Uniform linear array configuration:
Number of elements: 16
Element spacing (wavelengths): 1
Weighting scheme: exponential
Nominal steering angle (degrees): -45
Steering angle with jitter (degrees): -44.863
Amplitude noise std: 0.05
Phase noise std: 0.05

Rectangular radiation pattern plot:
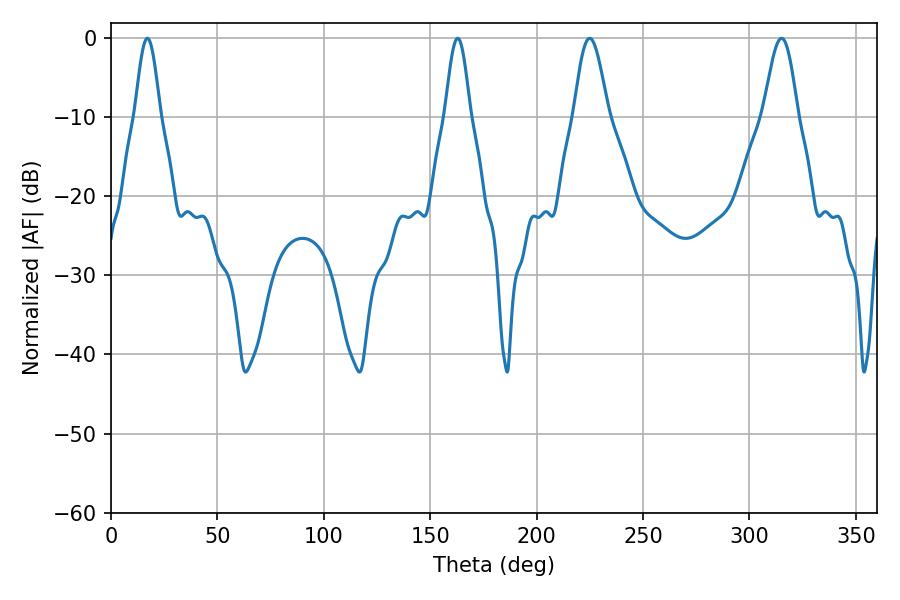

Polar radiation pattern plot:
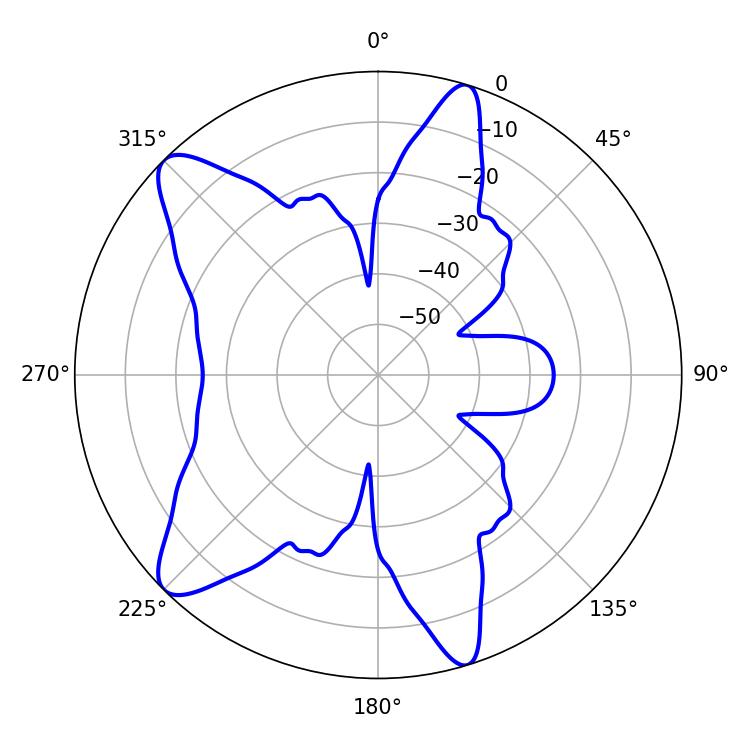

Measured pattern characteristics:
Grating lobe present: TRUE
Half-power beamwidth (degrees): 6.3
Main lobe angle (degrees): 17.1